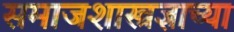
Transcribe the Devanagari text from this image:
समाजशास्त्रज्ञाच्या